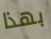
بهذا